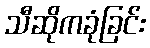
သီဆိုကခုံခြင်း